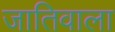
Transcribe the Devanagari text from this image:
जातिवाला